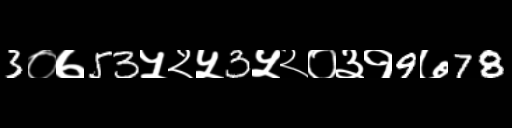
Text: 3०७53५२५3५२०३१9७78